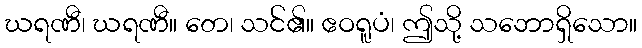
ဃရဏီ၊ ဃရဏီ။ တေ၊ သင်၏။ ဧဝရူပံ၊ ဤသို့ သဘောရှိသော။